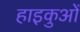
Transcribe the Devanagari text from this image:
हाइकुओं